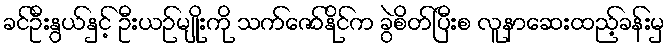
ခင်ဦးနွယ်နှင့် ဦးယဉ်မျိုးကို သက်ဇော်နိုင်က ခွဲစိတ်ပြီးစ လူနာဆေးထည့်ခန်းမှ